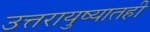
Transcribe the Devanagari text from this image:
उत्तरायुष्यातही